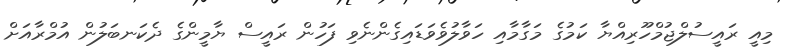
މިއީ ރައީސުލްޖުމްހޫރިއްޔާ ކަމުގެ މަގާމާއި ހަވާލުވެވަޑައިގެންނެވި ފަހުން ރައީސް ޔާމީންގެ ދެކަނބަލުން އުމްރާއަށް